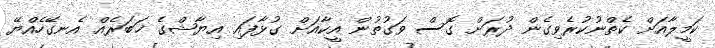
ކަމީލާއަށް ކެތްނުކުރެވިގެން ދުރަށް ގޮސް ވަގުތުން އީކާއަށް ގުޅާފައި އިޔާޝްގެ ޚަބަރެއް އެނގޭހެއްޔޭ